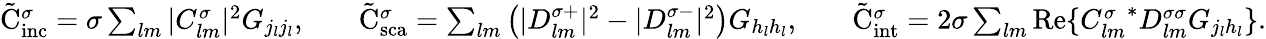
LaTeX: \begin{array}{rlrlr}{\tilde{\mathrm{{C}}}_{\mathrm{inc}}^{\sigma}=\sigma\sum_{lm}|C_{lm}^{\sigma}|^{2}G_{j_{l}j_{l}},}&{}&{\tilde{\mathrm{{C}}}_{\mathrm{sca}}^{\sigma}=\sum_{lm}\left(|D_{lm}^{\sigma+}|^{2}-|D_{lm}^{\sigma-}|^{2}\right)G_{h_{l}h_{l}},}&{}&{\tilde{\mathrm{{C}}}_{\mathrm{int}}^{\sigma}=2\sigma\sum_{lm}\mathrm{Re}\{ {C_{lm}^{\sigma}}^{*}D_{lm}^{\sigma\sigma}G_{j_{l}h_{l}}\} .}\end{array}